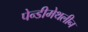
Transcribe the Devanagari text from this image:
पेन्‍डीमेथलीन